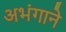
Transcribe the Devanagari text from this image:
अभंगाने